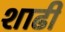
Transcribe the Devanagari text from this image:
शाढी